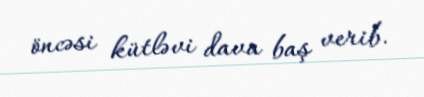
öncəsi kütləvi dava baş verib.